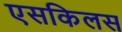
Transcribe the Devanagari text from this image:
एसकिलस